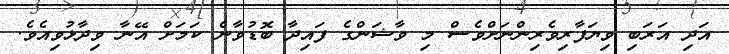
އަދި އަރަބި ވިޔަފާރިވެރިންނަށްވެސް މި ވާޝަންގެ ފައިދާ ބޮޑުވާނެ ކަމަށް އޭނާ ވިދާޅުވިއެވެ.